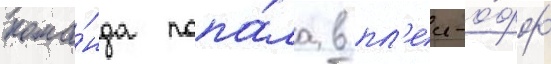
кома́нда попа́ла в пл'еи-о́фф